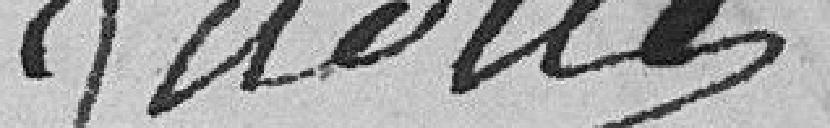
MADINE